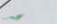
إحترسوا